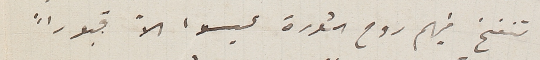
تنفخ فيهم روح الثورة ليسوا الاً قبوراً